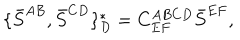
LaTeX: \{ \bar { S } ^ { A B } , \bar { S } ^ { C D } \} _ { D } ^ { \ast } = C _ { E F } ^ { A B C D } \bar { S } ^ { E F } ,